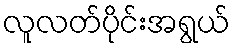
လူလတ်ပိုင်းအရွယ်